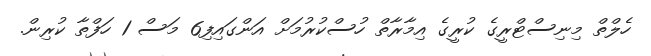
ހެލްތް މިނިސްޓްރީގެ ކުރީގެ އިމާރާތް ހުސްކުރުމަށް އަންގައިފި6 މަސް 1 ހަފްތާ ކުރިން.